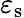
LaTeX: \varepsilon_{\mathrm{s}}